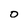
Character: O